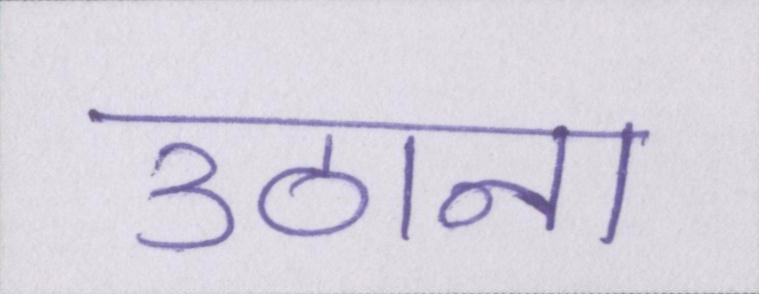
उठाना